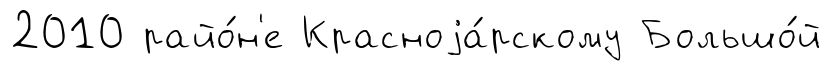
2010 райо́н'е Красноjа́рскому Большо́й